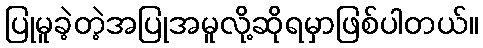
ပြုမူခဲ့တဲ့အပြုအမူလို့ဆိုရမှာဖြစ်ပါတယ်။